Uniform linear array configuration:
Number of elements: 48
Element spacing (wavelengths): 1
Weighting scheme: hamming
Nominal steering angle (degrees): -60
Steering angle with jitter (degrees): -59.45
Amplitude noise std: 0.05
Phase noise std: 0.05

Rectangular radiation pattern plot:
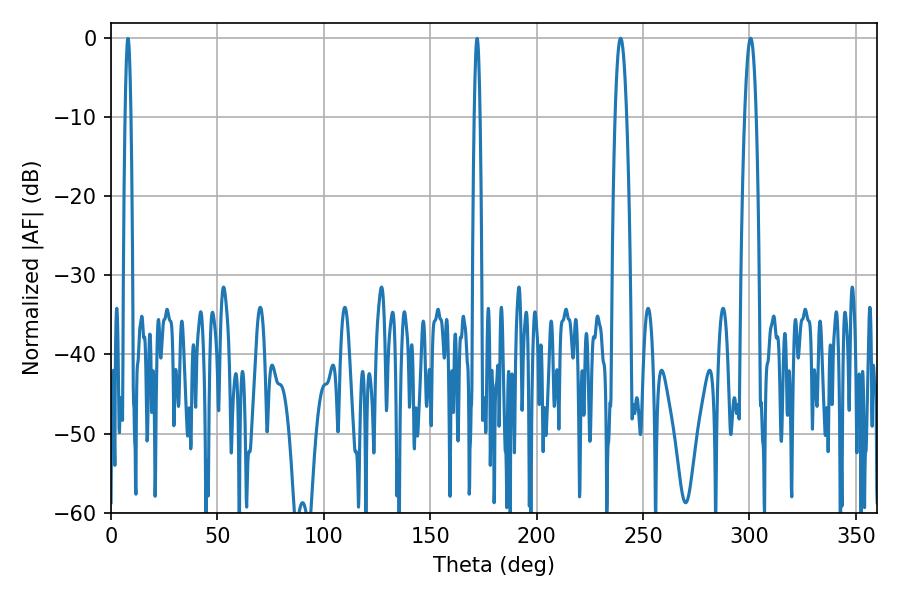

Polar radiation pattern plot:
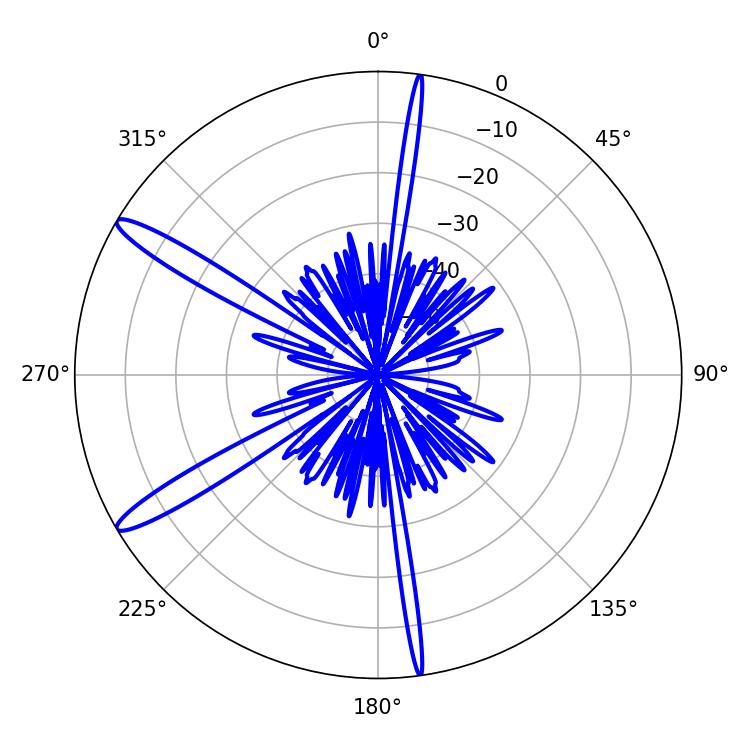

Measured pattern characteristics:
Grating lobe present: TRUE
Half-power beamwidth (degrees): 3.06
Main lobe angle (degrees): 239.4